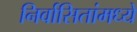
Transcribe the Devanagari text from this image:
निर्वासितांमध्ये